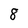
Character: 8